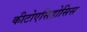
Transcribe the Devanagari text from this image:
कीटोएसिडोसिस